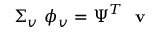
\boldsymbol { \Sigma _ { v } } \ \boldsymbol { \phi _ { v } } = \boldsymbol { \Psi } ^ { T } \ \textbf { v }